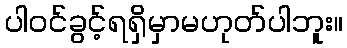
ပါဝင်ခွင့်ရရှိမှာမဟုတ်ပါဘူး။